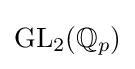
\mathrm {GL} _{2}(\mathbb {Q} _{p})